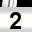
Digit: 2